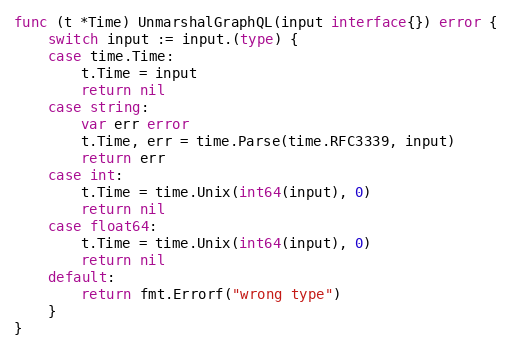
Language: Go
func (t *Time) UnmarshalGraphQL(input interface{}) error {
	switch input := input.(type) {
	case time.Time:
		t.Time = input
		return nil
	case string:
		var err error
		t.Time, err = time.Parse(time.RFC3339, input)
		return err
	case int:
		t.Time = time.Unix(int64(input), 0)
		return nil
	case float64:
		t.Time = time.Unix(int64(input), 0)
		return nil
	default:
		return fmt.Errorf("wrong type")
	}
}